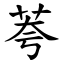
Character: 荂